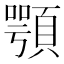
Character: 顎